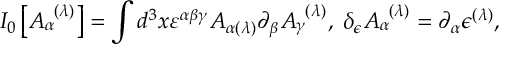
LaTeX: I _ { 0 } \left[ A _ { \alpha } ^ { \; \; ( \lambda ) } \right] = \int d ^ { 3 } x \varepsilon ^ { \alpha \beta \gamma } A _ { \alpha ( \lambda ) } \partial _ { \beta } A _ { \gamma } ^ { \; \; ( \lambda ) } , \; \delta _ { \epsilon } A _ { \alpha } ^ { \; \; ( \lambda ) } = \partial _ { \alpha } \epsilon ^ { ( \lambda ) } ,